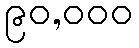
၉၀,၀၀၀